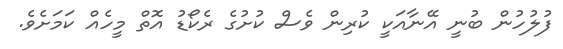
ފުލުހުން ބުނީ އޭނާއަކީ ކުރިން ވެސް ކުށުގެ ރެކޯޑު އޮތް މީހެއް ކަމަށެވެ.